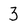
Character: 3